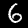
Digit: 6